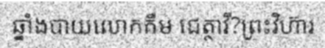
ឆ្នាំងបាយលោកគឹម ជេត្ថាវី?ព្រះវិហ៊ារ